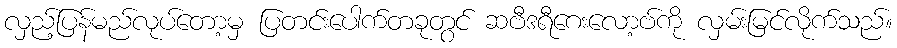
လှည့်ပြန်မည်လုပ်တော့မှ ပြတင်းပေါက်တခုတွင် ဆဗီဒရီဂေးလော့ဗ်ကို လှမ်းမြင်လိုက်သည်။